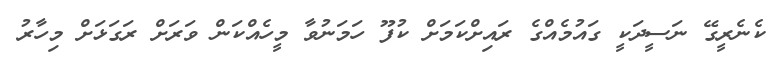
ކެނެރީގޭ ނަސީދަކީ ގައުމެއްގެ ރައިށްކަމަށް ކުފޫ ހަމަނުވާ މީހެއްކަން ވަރަށް ރަގަޅަށް މިހާރު